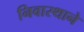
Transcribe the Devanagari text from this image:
निवास्थाने